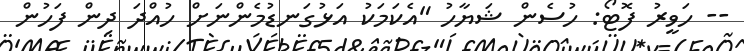
-- ހަވީރު ފޮޓޯ: ހުސެން ޝަޔާހު "އެކަމަކު އަޅުގަނޑުމެންނަށް ހުއްދަ ދިން ފަހުން